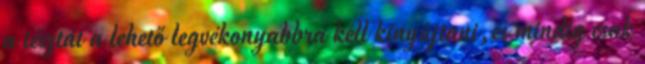
a tésztát a lehető legvékonyabbra kell kinyújtani,és mindig csak